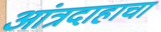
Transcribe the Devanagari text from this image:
आंत्रदाहाचा